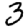
Digit: 3